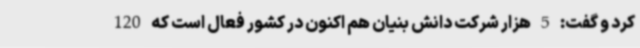
کرد و گفت: 5 هزار شرکت دانش بنیان هم اکنون در کشور فعال است که 120